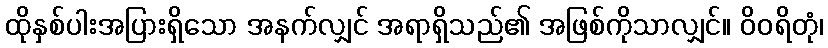
ထိုနှစ်ပါးအပြားရှိသော အနက်လျှင် အရာရှိသည်၏ အဖြစ်ကိုသာလျှင်။ ဝိဝရိတုံ၊